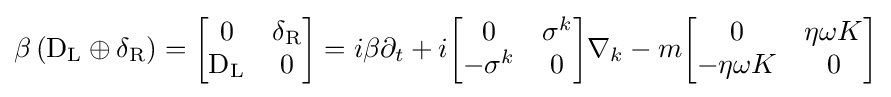
\beta \left(\mathrm {D} _{\rm {L}}\oplus \delta _{\rm {R}}\right)={\begin{bmatrix}0&\delta _{\rm {R}}\\\mathrm {D} _{\rm {L}}&0\end{bmatrix}}=i\beta \partial _{t}+i{\begin{bmatrix}0&\sigma ^{k}\\-\sigma ^{k}&0\end{bmatrix}}\nabla _{k}-m{\begin{bmatrix}0&\eta \omega K\\-\eta \omega K&0\end{bmatrix}}